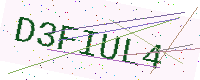
Text: D3FIUL4